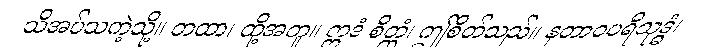
သိအပ်သကဲ့သို့။ တထာ၊ ထို့အတူ။ ဣဒံ စိတ္တံ၊ ဤစိတ်သည်။ နတာဝပရိသုဒ္ဓံ၊